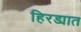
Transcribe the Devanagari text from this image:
हिरड्यात